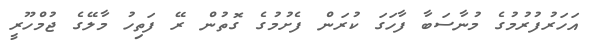
އަހަރުފުރުމުގެ މުނާސަބާ ފާހަގަ ކުރަން ފެށުމުގެ ގޮތުން ރޭ ފަތިހު މާލޭގެ ޖުމްހޫރީ